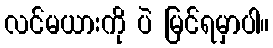
လင်မယားကို ပဲ မြင်ရမှာပါ။